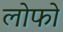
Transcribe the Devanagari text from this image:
लोफो